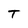
Character: T